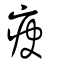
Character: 疦